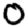
Digit: 0